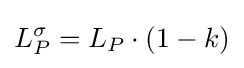
L_{P}^{\sigma }=L_{P}\cdot {(1-k)}